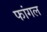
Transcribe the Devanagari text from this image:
फांगल